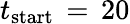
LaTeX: t_{\mathrm{{start}}}\, =\, 20